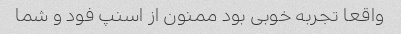
واقعا تجربه خوبی بود ممنون از اسنپ فود و شما